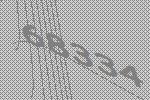
68334